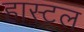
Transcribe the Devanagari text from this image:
हास्टल